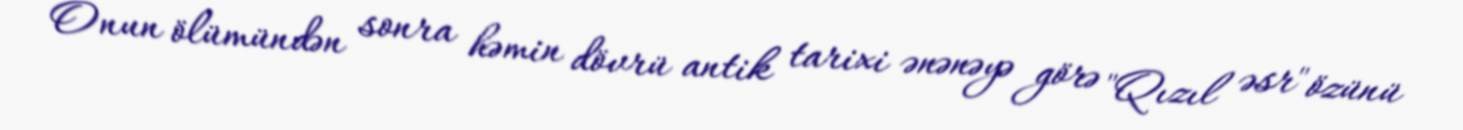
Onun ölümündən sonra həmin dövrü antik tarixi ənənəyə görə "Qızıl əsr" özünü